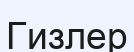
Гизлер